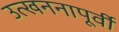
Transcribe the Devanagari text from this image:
उत्खननापूर्वी